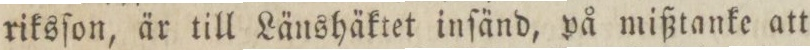
riksſon, är till Länshäktet inſänd, på mißtanke att